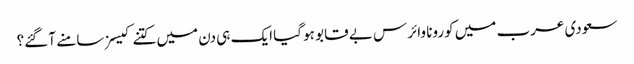
سعودی عرب میں کورونا وائرس بے قابو ہو گیا ایک ہی دن میں کتنے کیسز سامنے آ گئے؟